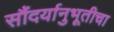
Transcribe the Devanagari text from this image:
सौंदर्यानुभूतीचा